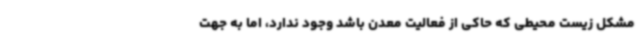
مشکل زیست محیطی که حاکی از فعالیت معدن باشد وجود ندارد، اما به جهت